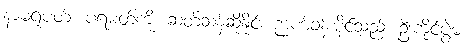
နာမရူပတ်၊ ပရမတ်ကို၊ ဆတ်ဆန်ဆိုနိုင်၊ ဉာဏ်ခန်းပိုင်သည်၊ ဦးကိုင်ပွဲမ၊